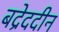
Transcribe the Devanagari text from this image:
बद्रेददीन